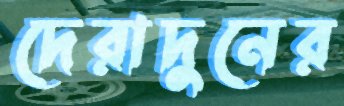
দেরাদুনের